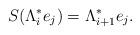
LaTeX: \begin{align*}S(\Lambda_{i}^* e_{j})=\Lambda_{i+1}^* e_{j}.\end{align*}